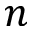
n